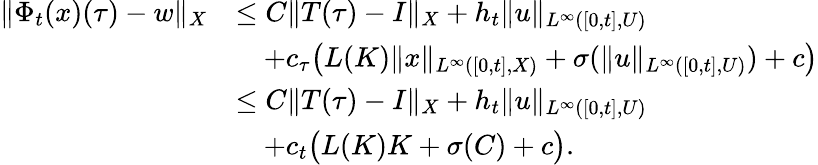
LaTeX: \begin{array}{rl}{\| \Phi_{t}(x)(\tau)-w\| _{X}}&{\leq C\| T(\tau)-I\| _{X}+h_{t}\| u\| _{L^{\infty}([0,t],U)}}\\ &{\quad+c_{\tau}\big(L(K)\| x\| _{L^{\infty}([0,t],X)}+\sigma(\| u\| _{L^{\infty}([0,t],U)})+c\big)}\\ &{\leq C\| T(\tau)-I\| _{X}+h_{t}\| u\| _{L^{\infty}([0,t],U)}}\\ &{\quad+c_{t}\big(L(K)K+\sigma(C)+c\big).}\end{array}